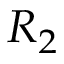
R _ { 2 }